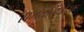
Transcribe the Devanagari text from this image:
समयनिर्धारक